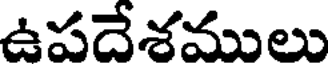
ఉపదేశములు